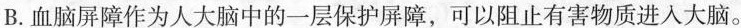
B.血脑屏障作为人大脑中的一层保护屏障，可以止有害物质进人大脑。